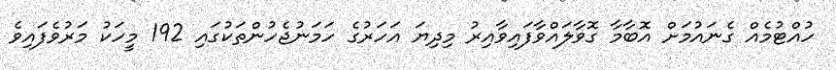
ހުއްޓުމެއް ގެނައުމަށް އޮބާމާ ގޮވާލައްވާފައިވާއިރު މިދިޔަ އަހަރުގެ ހަމަނުޖެހުންތަކުގައި 192 މީހަކު މަރުވެފައިވެ